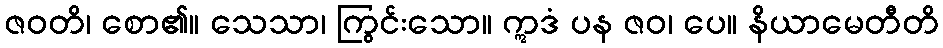
ဇဝတိ၊ စော၏။ သေသာ၊ ကြွင်းသော။ ဣဒံ ပန ဇဝ၊ ပေ။ နိယာမေတီတိ